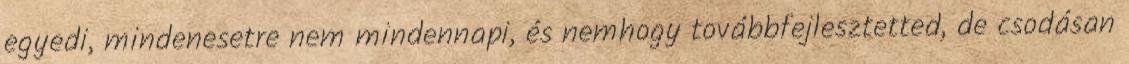
egyedi, mindenesetre nem mindennapi, és nemhogy továbbfejlesztetted, de csodásan